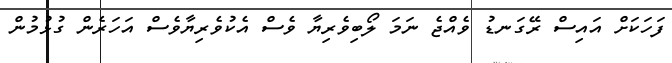
ފަހަކަށް އައިސް ރޭގަނޑު ވެއްޖެ ނަމަ ލޯބިވެރިޔާ ވެސް އެކުވެރިޔާވެސް އަހަރެން ގުޅުމުން